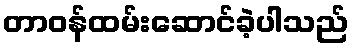
တာဝန်ထမ်းဆောင်ခဲ့ပါသည်